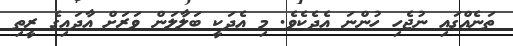
ތަނެއްގައި ނުޖެހި ހުންނަ އެދެކެވެ. މި އެދަކީ ބަލާލަން ވަރަށް އާދައިގެ ރީތި